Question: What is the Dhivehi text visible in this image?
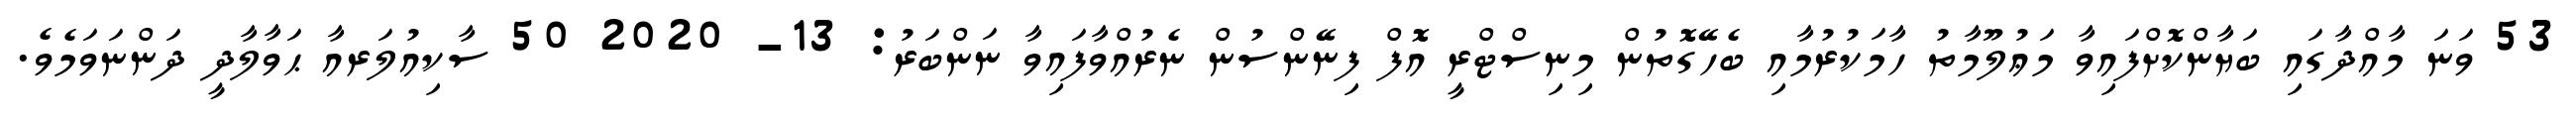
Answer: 53 ވަނަ މާއްދާގައި ބަޔާންކޮށްފައިވާ މަޢުލޫމާތު ހާމަކުރުމާއި ބެހޭގޮތުން މިނިސްޓްރީ އޮފް ފިނޭންސުން ނެރުއްވާފައިވާ ނަންބަރު: 13- 2020 50 ސާކިއުލަރއާ ޙަވާލާދީ ދަންނަވަމެވެ.